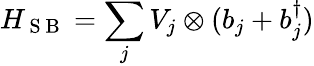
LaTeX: H_{\mathrm{~S~B~}}=\sum_{j}V_{j}\otimes(b_{j}+b_{j}^{\dagger})